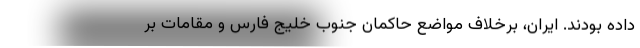
داده بودند. ایران، برخلاف مواضع حاکمان جنوب خلیج فارس و مقامات بر